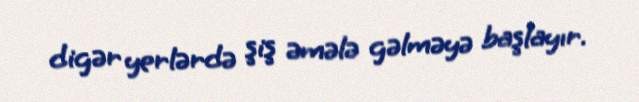
digər yerlərdə şiş əmələ gəlməyə başlayır.